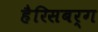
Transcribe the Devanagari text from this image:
हैरिसबर्ग